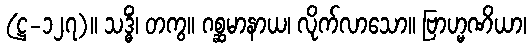
(ဋ္ဌ-၁၂၇)။ သဒ္ဓိံ၊ တကွ။ ဂစ္ဆမာနာယ၊ လိုက်လာသော။ ဗြာဟ္မဏိယာ၊